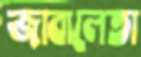
জাবালেতা